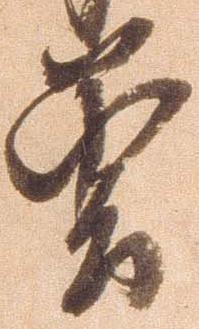
曽